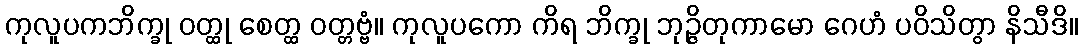
ကုလူပကဘိက္ခု ဝတ္ထု စေတ္ထ ဝတ္တဗ္ဗံ။ ကုလူပကော ကိရ ဘိက္ခု ဘုဉ္ဇိတုကာမော ဂေဟံ ပဝိသိတွာ နိသီဒိ။